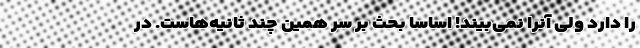
را دارد ولی آنرا نمی‌بیند! اساسا بحث بر سر همین چند ثانیه‌هاست. در